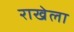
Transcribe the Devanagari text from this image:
राखेला